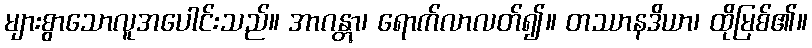
များစွာသောလူအပေါင်းသည်။ အာဂန္တွာ၊ ရောက်လာလတ်၍။ တဿာနဒိယာ၊ ထိုမြစ်၏။